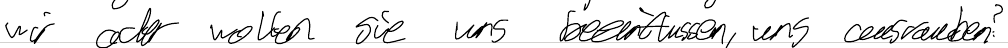
wir oder wollten sie und beeinflussen, uns ausrauben?